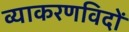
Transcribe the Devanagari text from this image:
व्याकरणविदों